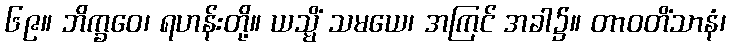
၆၉။ ဘိက္ခဝေ၊ ရဟန်းတို့။ ယသ္မိံ သမယေ၊ အကြင် အခါ၌။ တာဝတိံသာနံ၊